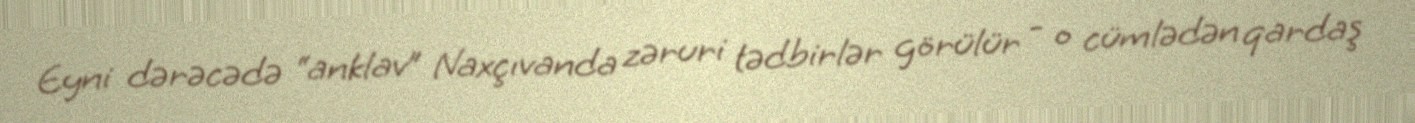
Eyni dərəcədə “anklav” Naxçıvanda zəruri tədbirlər görülür - o cümlədən qardaş